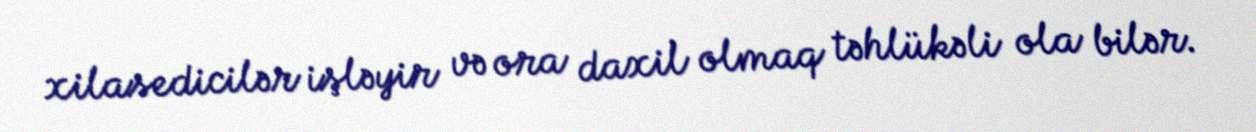
xilasedicilər işləyir və ora daxil olmaq təhlükəli ola bilər.